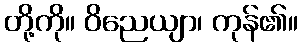
တို့ကို။ ဝိညေယျာ၊ ကုန်၏။